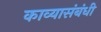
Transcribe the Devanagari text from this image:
काव्यासंबंधी